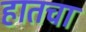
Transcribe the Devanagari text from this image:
हातचा